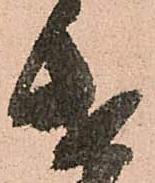
遣